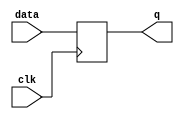
module flip_flop(
    input wire clk,
    input wire data,
    output reg q
);

always @(posedge clk) begin
    q <= data;
end

endmodule